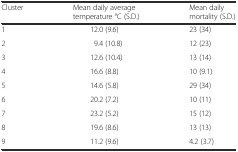
<table><thead><tr><td><b>Cluster</b></td><td><b>Mean daily average temperature °C (S.D.)</b></td><td><b>Mean daily mortality (S.D.)</b></td></tr></thead><tbody><tr><td>1</td><td>12.0 (9.6)</td><td>23 (34)</td></tr><tr><td>2</td><td>9.4 (10.8)</td><td>12 (23)</td></tr><tr><td>3</td><td>12.6 (10.4)</td><td>13 (14)</td></tr><tr><td>4</td><td>16.6 (8.8)</td><td>10 (9.1)</td></tr><tr><td>5</td><td>14.6 (5.8)</td><td>29 (34)</td></tr><tr><td>6</td><td>20.2 (7.2)</td><td>10 (11)</td></tr><tr><td>7</td><td>23.2 (5.2)</td><td>15 (12)</td></tr><tr><td>8</td><td>19.6 (8.6)</td><td>13 (13)</td></tr><tr><td>9</td><td>11.2 (9.6)</td><td>4.2 (3.7)</td></tr></tbody></table>